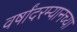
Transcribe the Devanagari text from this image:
वर्षांदरम्यानच्या